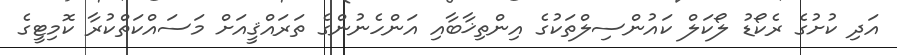
އަދި ކުުށުގެ ރެކޯޑު ލޯކަލް ކައުންސިލްތަކުގެ އިންތިޚާބާއި އަންހެނުންގެ ތަރައްޤީއަށް މަސައްކަތްކުރާ ކޮމިޓީގެ